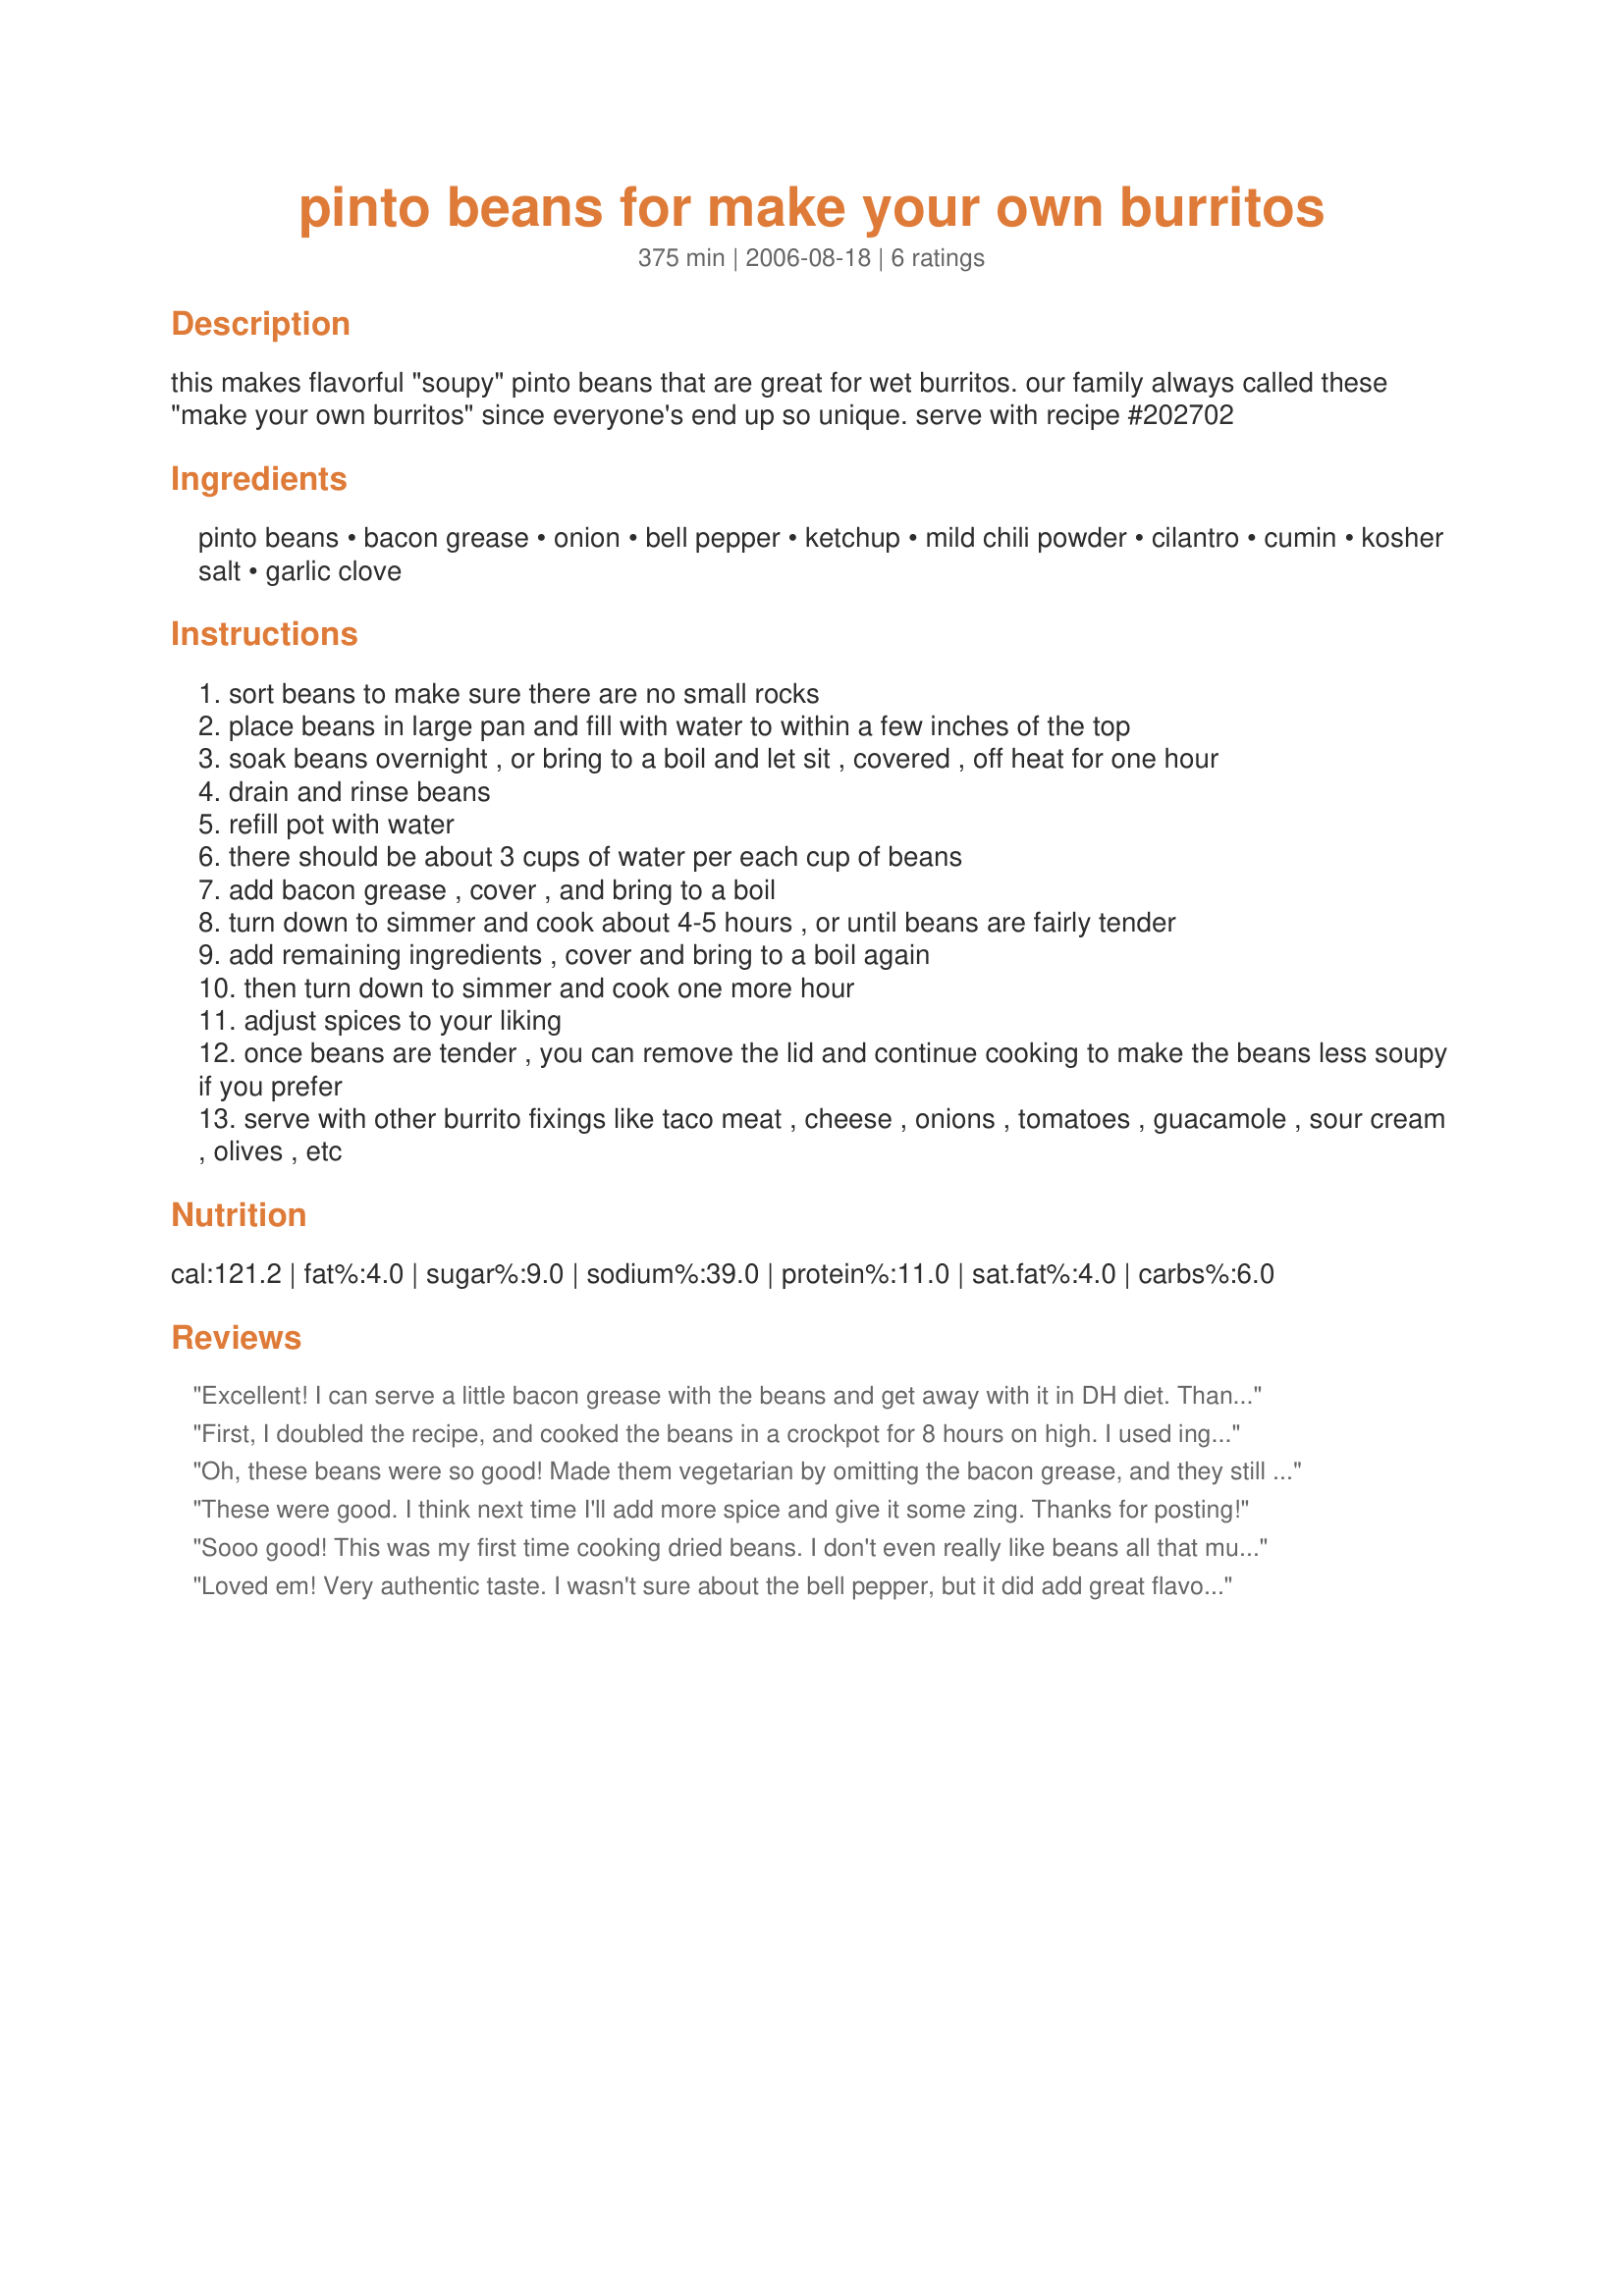
pinto beans for make your own burritos
Preparation time: 375 minutes

this makes flavorful "soupy" pinto beans that are great for wet burritos. our family always called these "make your own burritos" since everyone's end up so unique. serve with recipe #202702

Ingredients:
pinto beans, bacon grease, onion, bell pepper, ketchup, mild chili powder, cilantro, cumin, kosher salt, garlic clove

Steps:
sort beans to make sure there are no small rocks
place beans in large pan and fill with water to within a few inches of the top
soak beans overnight , or bring to a boil and let sit , covered , off heat for one hour
drain and rinse beans
refill pot with water
there should be about 3 cups of water per each cup of beans
add bacon grease , cover , and bring to a boil
turn down to simmer and cook about 4-5 hours , or until beans are fairly tender
add remaining ingredients , cover and bring to a boil again
then turn down to simmer and cook one more hour
adjust spices to your liking
once beans are tender , you can remove the lid and continue cooking to make the beans less soupy if you prefer
serve with other burrito fixings like taco meat , cheese , onions , tomatoes , guacamole , sour cream , olives , etc

Reviews:
Excellent! I can serve a little bacon grease with the beans and get away with it in DH diet.
Thanks for posting! Great great recipe for flavor and if someone wants it spicier all they have to do is add the hot peppers.
First, I doubled the recipe, and cooked the beans in a crockpot for 8 hours on high. I used ingredients listed, including 3 cups of water per cup of beans.
4 cups of beans & 12 cups of water. The beans were great. Nice soupy thickness, great flavor. Family loved them. Easy recipe. Thank You. Made for ZWT 4 The Mamma Mias!
Oh, these beans were so good! Made them vegetarian by omitting the bacon grease, and they still tasted fantastic. Thank you! Made for ZWT4 - Los Jefes de la Cocina!
These were good. I think next time I'll add more spice and give it some zing. Thanks for posting!
Sooo good! This was my first time cooking dried beans. I don't even really like beans all that much! But these were fantastic! I omitted the bacon grease, and they were plenty flavorful enough! I let a lot of the water cook out so they weren't so "soupy."
Loved em! Very authentic taste. I wasn't sure about the bell pepper, but it did add great flavor. We make alot of Mexican food, so I will definitely be using this recipe again.
